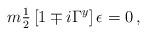
LaTeX: \begin{align*}m{\textstyle\frac{1}{2}}\left[1\mp i\Gamma^{y}\right] \epsilon =0\, ,\end{align*}